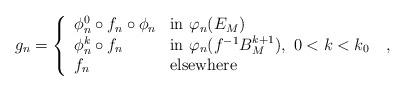
LaTeX: \begin{align*}g_n=\left\{\begin{array}{ll}\phi^0_{n}\circ f_n\circ \phi_{n} & \mbox{in} \ \varphi_n(E_M)\\\phi^k_{n}\circ f_n & \mbox{in} \ \varphi_n(f^{-1}B^{k+1}_M), \ 0< k<k_0\\f_n & \mbox{elsewhere}\end{array}\right. \ ,\end{align*}